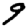
Digit: 9